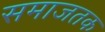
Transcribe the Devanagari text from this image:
समाजतक